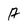
Character: A